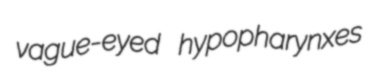
vague-eyed hypopharynxes